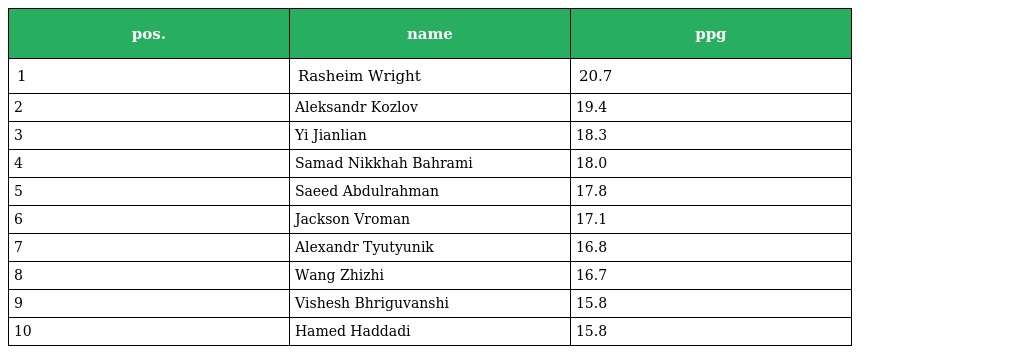
| pos. | name | ppg |
 | --- | --- | --- |
 | 1 | Rasheim Wright | 20.7 |
 | 2 | Aleksandr Kozlov | 19.4 |
 | 3 | Yi Jianlian | 18.3 |
 | 4 | Samad Nikkhah Bahrami | 18.0 |
 | 5 | Saeed Abdulrahman | 17.8 |
 | 6 | Jackson Vroman | 17.1 |
 | 7 | Alexandr Tyutyunik | 16.8 |
 | 8 | Wang Zhizhi | 16.7 |
 | 9 | Vishesh Bhriguvanshi | 15.8 |
 | 10 | Hamed Haddadi | 15.8 |